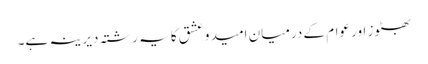
بھٹوز اور عوام کے درمیان امید و عشق کا یہ رشتہ دیرینہ ہے۔